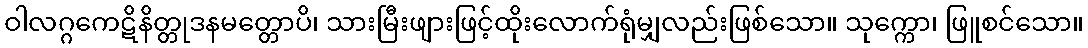
ဝါလဂ္ဂကေဋိနိတ္တုဒနမတ္တောပိ၊ သားမြီးဖျားဖြင့်ထိုးလောက်ရုံမျှလည်းဖြစ်သော။ သုက္ကော၊ ဖြူစင်သော။